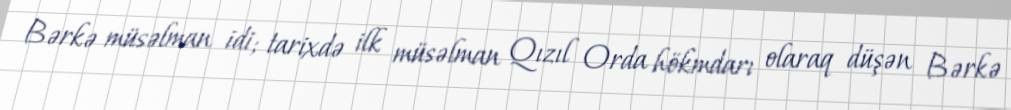
Bərkə müsəlman idi; tarixdə ilk müsəlman Qızıl Orda hökmdarı olaraq düşən Bərkə